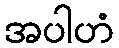
အပါဟံ